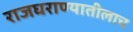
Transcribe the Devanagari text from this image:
राजघराण्यातीलाच